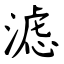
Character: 滤